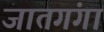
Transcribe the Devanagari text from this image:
जातगंगा